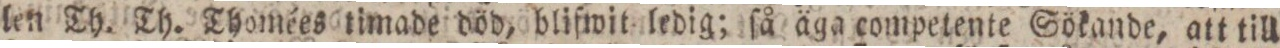
len Th. Th. Thomées timade död, blifwit ledig; ſå äga competente Sökande, att till